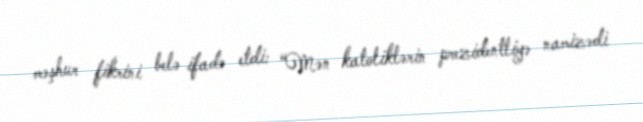
məşhur fikrini belə ifadə etdi: “Mən katoliklərin prezidentliyə namizədi